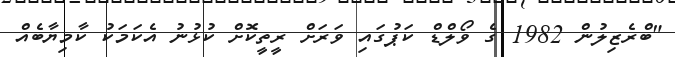
"ބްރެޒިލުން 1982 ގެ ވޯލްޑް ކަޕުގައި ވަރަށް ރީތީކޮށް ކުޅުނު އެކަމަކު ކާމިޔާބެއް